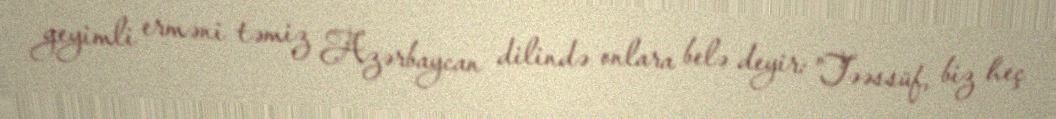
geyimli erməni təmiz Azərbaycan dilində onlara belə deyir: ”Təəssüf, biz heç